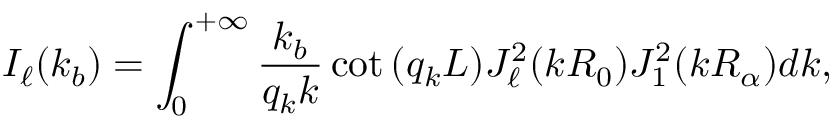
I _ { \ell } ( k _ { b } ) = \int _ { 0 } ^ { + \infty } \frac { k _ { b } } { q _ { k } k } \cot { ( q _ { k } L ) } J _ { \ell } ^ { 2 } ( k R _ { 0 } ) J _ { 1 } ^ { 2 } ( k R _ { \alpha } ) d k ,